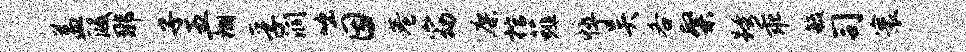
益段那子五棚孚润咄因巷窈廖棺薤悴吴各粲跨乖毓司寰